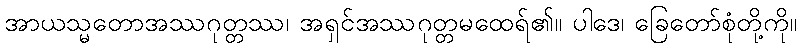
အာယသ္မတောအဿဂုတ္တဿ၊ အရှင်အဿဂုတ္တမထေရ်၏။ ပါဒေ၊ ခြေတော်စုံတို့ကို။